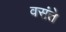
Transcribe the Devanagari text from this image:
वसंते